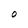
Character: O